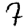
Digit: 7